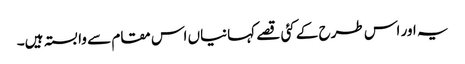
یہ اور اس طرح کے کئی قصے کہانیاں اس مقام سے وابستہ ہیں۔